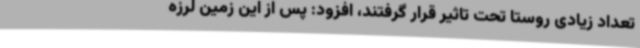
تعداد زیادی روستا تحت تاثیر قرار گرفتند، افزود: پس از این زمین لرزه